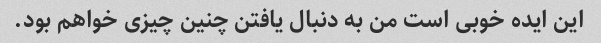
این ایده خوبی است من به دنبال یافتن چنین چیزی خواهم بود.